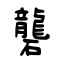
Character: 礱